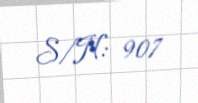
S/N: 907